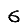
Digit: 6